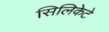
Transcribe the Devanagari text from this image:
सिलिकेटे